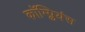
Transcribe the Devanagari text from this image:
कॉम्प्लियंस